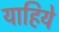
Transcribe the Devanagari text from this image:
याहिये